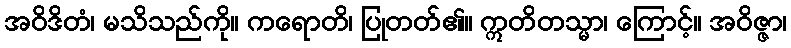
အဝိဒိတံ၊ မသိသည်ကို။ ကရောတိ၊ ပြုတတ်၏။ ဣတိတသ္မာ၊ ကြောင့်။ အဝိဇ္ဇာ၊